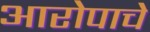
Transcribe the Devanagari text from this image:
आरोपाचे